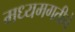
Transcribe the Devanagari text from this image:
मध्यमगतीने